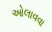
ઓલાવવા